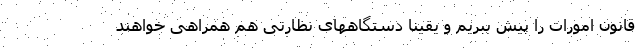
قانون امورات را پیش ببریم و یقینا دستگاههای نظارتی هم همراهی خواهند